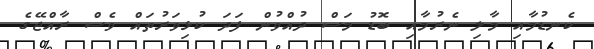
ކެނޑުމާއި މާލި ނެރުމާއި ބޮޑު މަސް ދުއްވުން ފަދަ ކުޅިވަރުތައް ވެސް ރާއްޖޭގެ